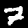
Digit: 7